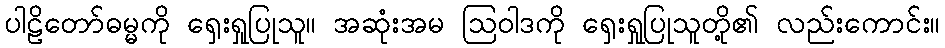
ပါဠိတော်ဓမ္မကို ရှေးရှုပြုသူ။ အဆုံးအမ ဩဝါဒကို ရှေးရှုပြုသူတို့၏ လည်းကောင်း။